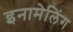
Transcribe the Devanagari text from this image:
इनामेलिंग